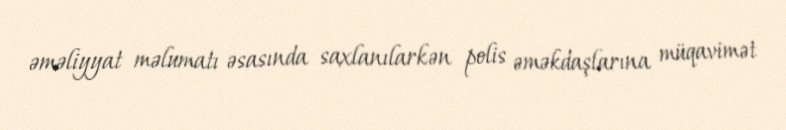
əməliyyat məlumatı əsasında saxlanılarkən polis əməkdaşlarına müqavimət